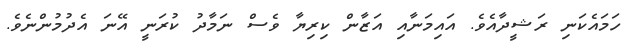
ހަމައެކަނި ރަޝީދާއެވެ. އައިމަނާއި އަޒާން ކިރިޔާ ވެސް ނަމާދު ކުރަނީ އޭނަ އެދުމުންނެވެ.